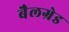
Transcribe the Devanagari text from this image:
बैलग्रेड